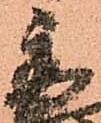
秀